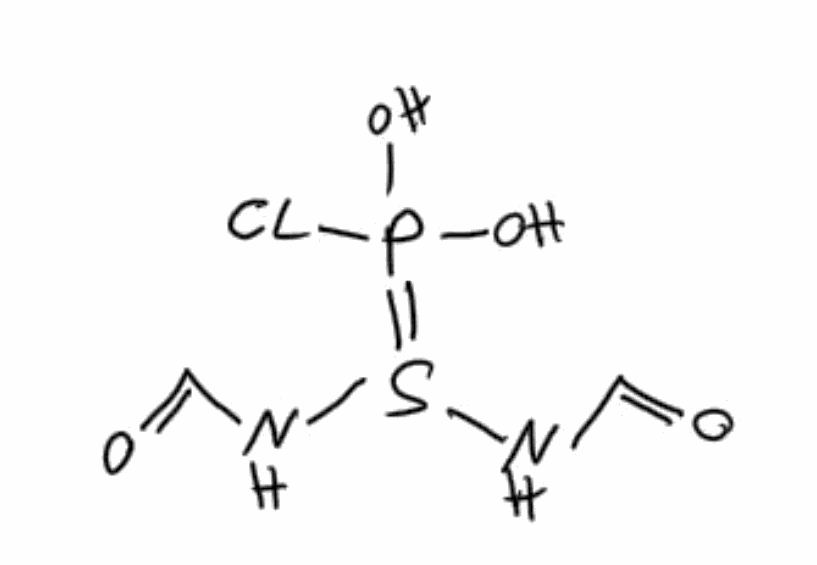
Simplified molecular-input line-entry system (SMILES) notation of the given molecule:
C(=O)NS(=P(O)(O)Cl)NC=O